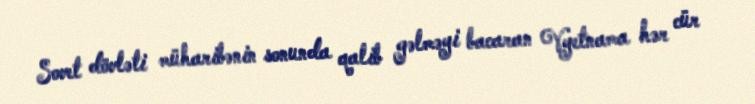
Sovet dövləti müharibənin sonunda qalib gəlməyi bacaran Vyetnama hər cür